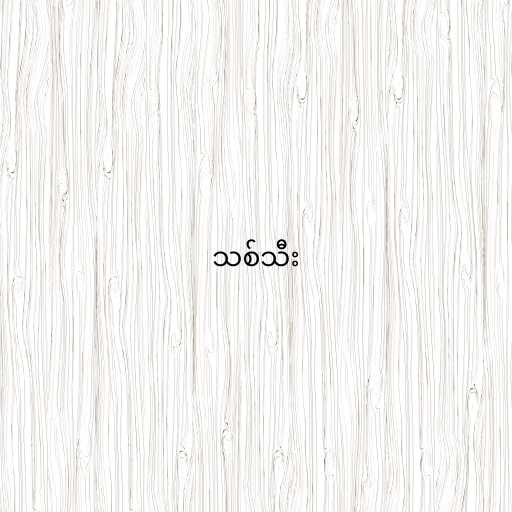
သစ်သီး